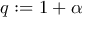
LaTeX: \textstyle q : = { 1 + \alpha }